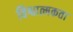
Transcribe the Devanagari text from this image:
विश्वात्मकता